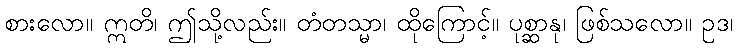
စားလော။ ဣတိ၊ ဤသို့လည်း။ တံတသ္မာ၊ ထိုကြောင့်။ ပုစ္ဆာနု၊ ဖြစ်သလော။ ဥဒ၊